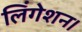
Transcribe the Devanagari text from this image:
लिंगेशन।